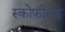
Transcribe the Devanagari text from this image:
स्कोफ़ील्ड